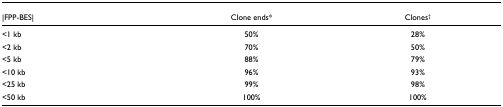
<table><thead><tr><td><b>|FPP-BES|</b></td><td><b>Clone ends*</b></td><td><b>Clones<sup>†</sup></b></td></tr></thead><tbody><tr><td>&lt;1 kb</td><td>50%</td><td>28%</td></tr><tr><td>&lt;2 kb</td><td>70%</td><td>50%</td></tr><tr><td>&lt;5 kb</td><td>88%</td><td>79%</td></tr><tr><td>&lt;10 kb</td><td>96%</td><td>93%</td></tr><tr><td>&lt;25 kb</td><td>99%</td><td>98%</td></tr><tr><td>&lt;50 kb</td><td>100%</td><td>100%</td></tr></tbody></table>